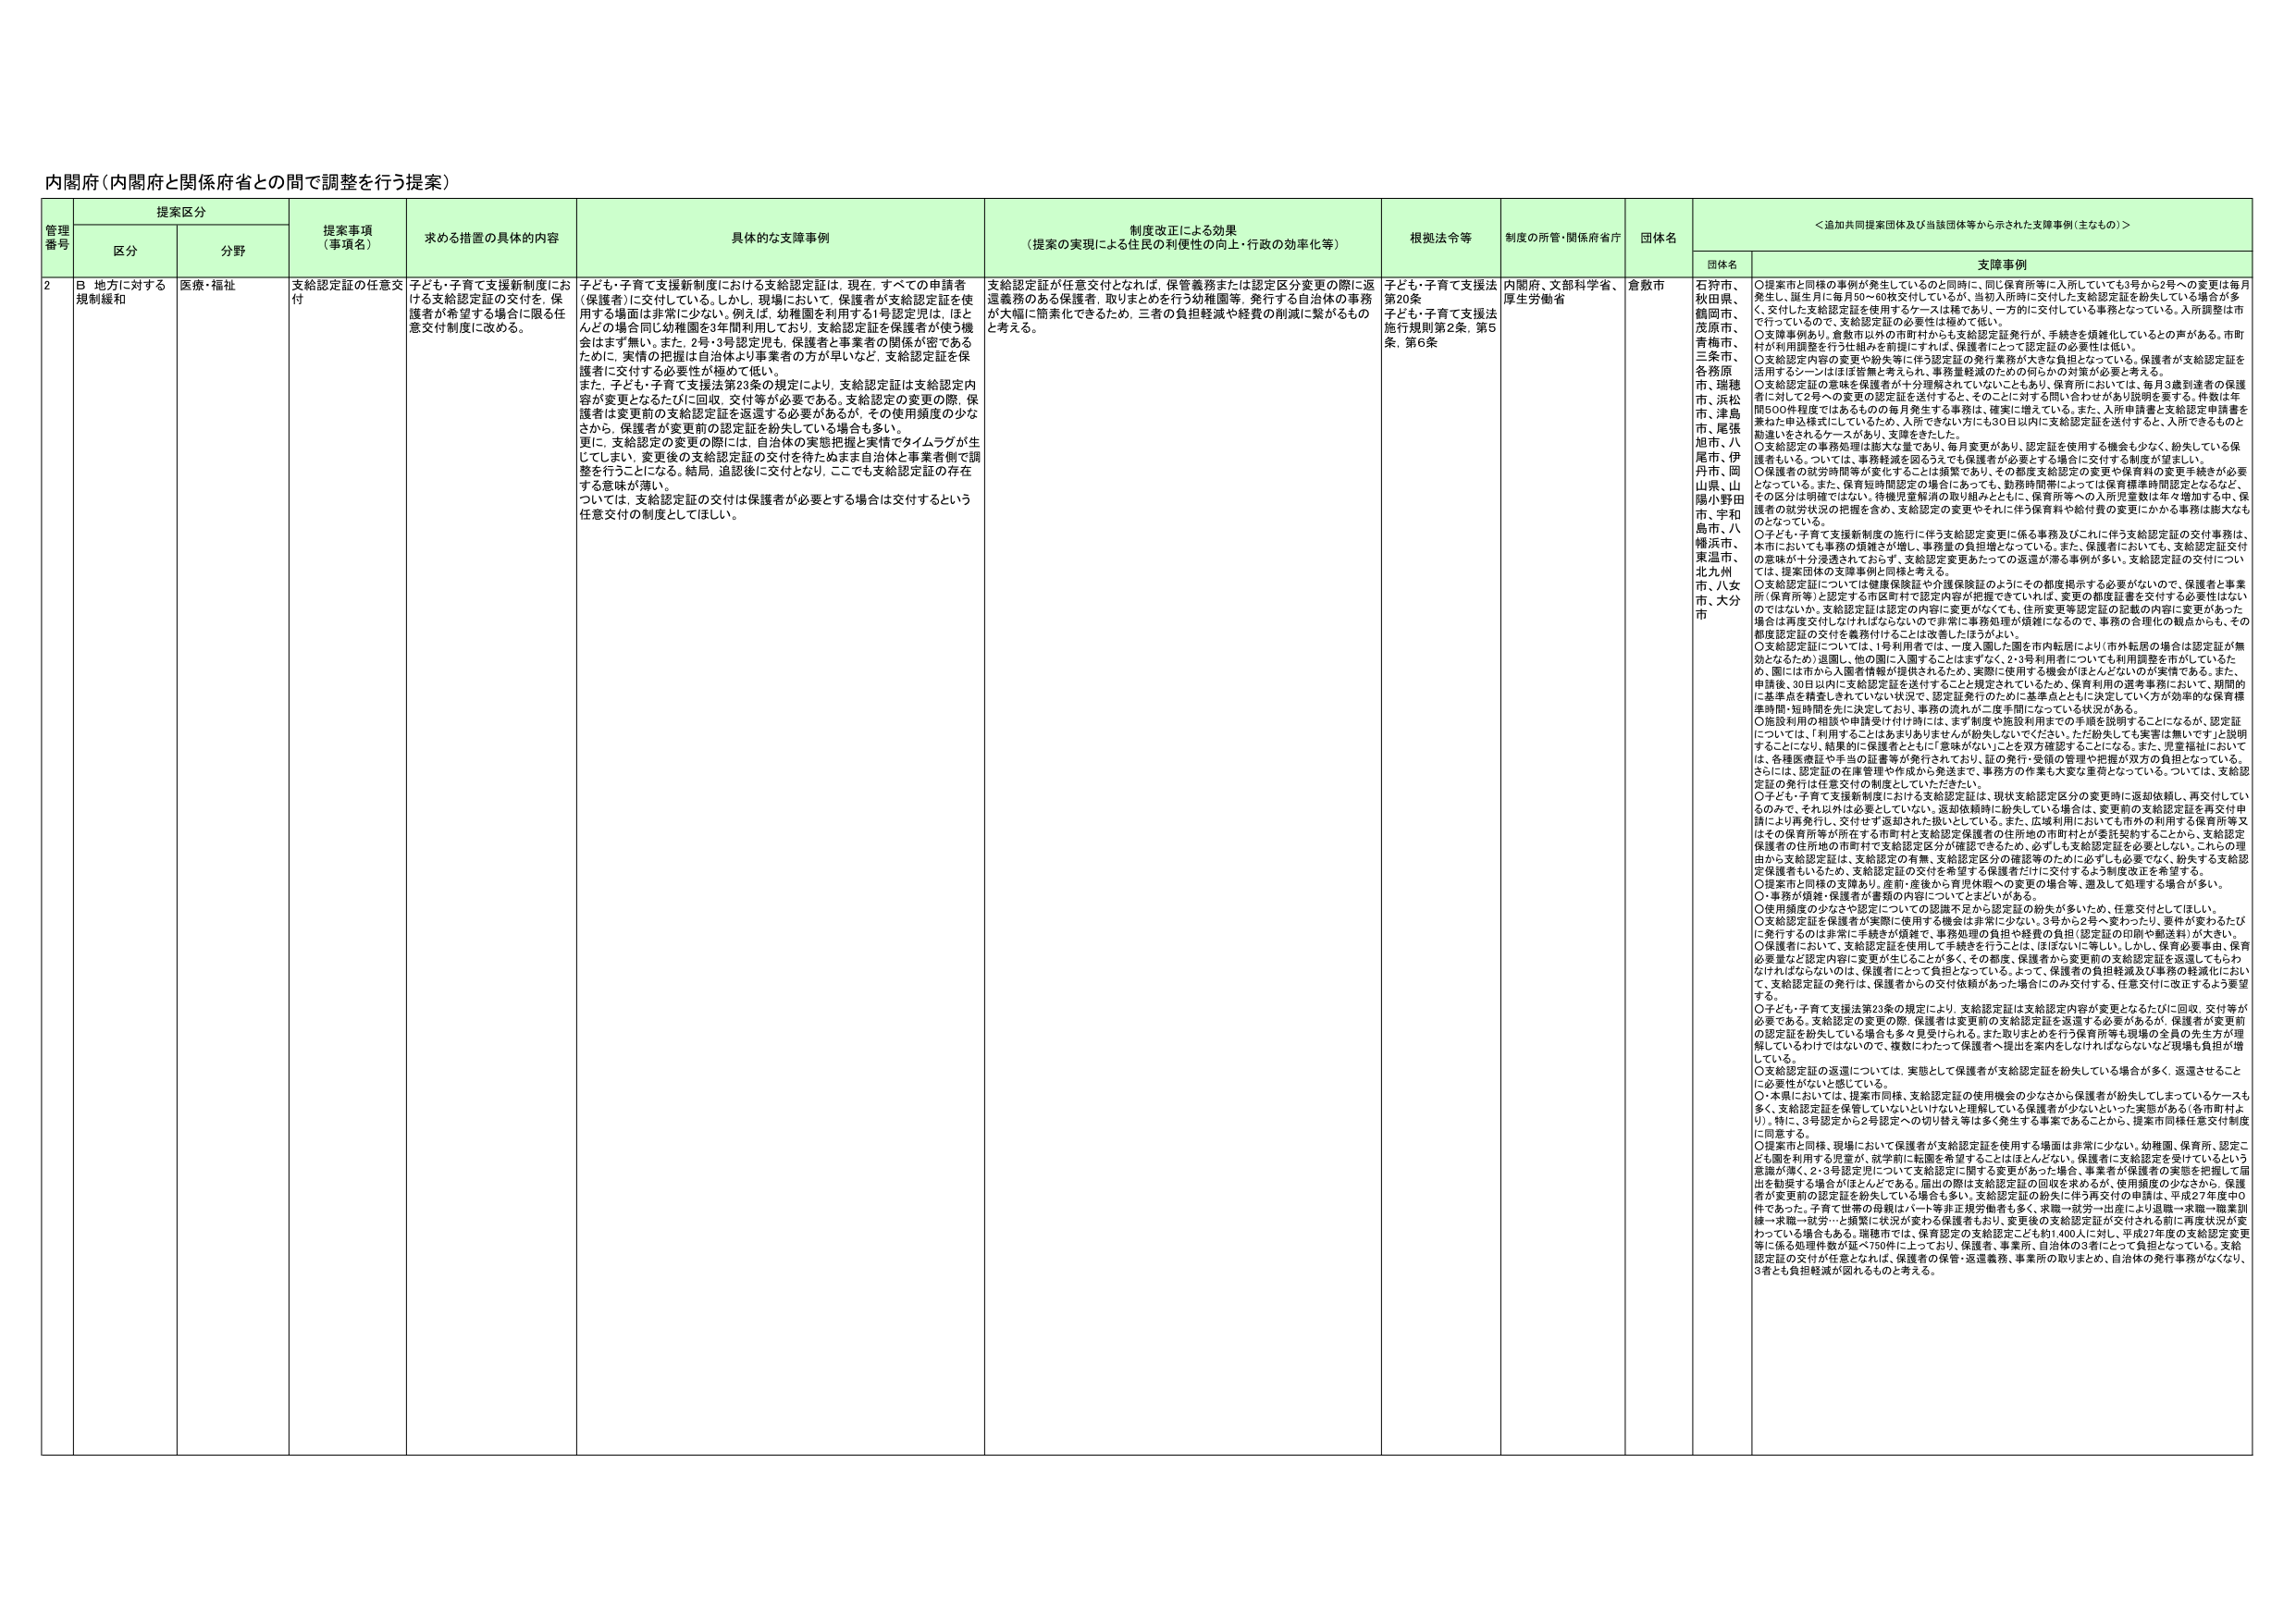
内閣府（内閣府と関係府省との間で調整を行う提案）

管理番号 提案区分 提案事項（事項名） 求める措置の具体的内容 具体的な支障事例 制度改正による効果（提案の実現による住民の利便性の向上・行政の効率化等） 根拠法令等 制度の所管・関係府省庁 団体名 ＜追加共同提案団体及び当該団体等から示された支援事例（主なもの）＞
区分 分野 団体名 支障事例

2 B 地方に対する規制緩和 医療・福祉 支給認定証の任意交付 子ども・子育て支援新制度における支給認定証の交付を、保護者が希望する場合に限る任意交付制度に改める。 子ども・子育て支援新制度における支給認定証は、現在、すべての申請者（保護者）に交付している。しかし、現場において、保護者が支給認定証を使用する場面は非常に少ない。例えば、幼稚園を利用する1号認定児は、ほとんどの場合同じ幼稚園を3年前利用しており、支給認定証を保護者が使う機会はまず無い。また、2号・3号認定児も、保護者と事業者の関係が密であるために、実情の把握は自治体より事業者の方が早いなど、支給認定証を保護者に交付する必要性が極めて低い。 また、子ども・子育て支援法23条の規定により、支給認定証は支給認定内容が変更となるたびに回収、交付等が必要である。支給認定の変更の際、保護者は変更前の支給認定証を返還する必要があるが、その使用頻度の少なさから、保護者が変更前の認定証を紛失している場合も多い。 更に、支給認定の変更の際には、自治体の実態把握と実情でタイムラグが生じてしまい、変更後の支給認定証の交付を待たぬまま自治体と事業者側で調整を行うことになる。結局、追認後に交付となり、ここでも支給認定証の存在する意味が薄い。 ついては、支給認定証の交付は保護者が必要とする場合は交付するという任意交付の制度としてほしい。 支給認定証が任意交付となれば、保管義務または認定区分変更の際に返還義務のある保護者、取りまとめを行う幼稚園等、発行する自治体の事務が大幅に簡素化できるため、三者の負担軽減や経費の削減に繋がるものと考える。 子ども・子育て支援法第20条 子ども・子育て支援法施行規則第2条、第5条、第6条 内閣府、文部科学省、厚生労働省 倉敷市 石狩市、秋田県、鶴岡市、茂原市、青梅市、三島市、各務原市、瑞穂市、松江市、津島市、尾張旭市、八尾市、伊丹市、岡山県、山陽小野田市、宇和島市、八幡浜市、東温市、北九州市、八女市、大分市 ○提案市と同様の事例が発生しているのと同時に、同じ保育所等に入所していても3号から2号への変更は毎月発生し、誕生月に毎月50～60枚交付しているが、当初入所時に交付した支給認定証を紛失している場合が多く、交付した支給認定証を使用するケースは稀であり、一方的に交付している事務となっている。入所調整は市で行っているので、支給認定証の必要性は極めて低い。 ○支障事例あり。倉敷市以外の市町村からも支給認定証発行が、手続きを煩雑化しているとの声がある。市町村が利用調整を行う仕組みを前提にすれば、保護者にとって認定証の必要性は低い。 ○支給認定内容の変更や紛失等に伴う認定証の発行事務が大きな負担となっている。保護者が支給認定証を活用するシーンはほぼ皆無と考えられ、事務量軽減のための何らかの対策が必要と考える。 ○支給認定証の意味を保護者が十分理解されていないこともあり、保育所においては、毎月3歳到達者の保護者に対して2号への変更の認定証を送付すると、そのことに対する問い合わせが毎月説明を要する。件数は年間500件程度ではあるものの毎月発生する事務は、確実に増えている。また、入所申請書と支給認定申請書を兼ねた申込様式にしているため、入所できない方にも30日以内に支給認定証を送付する、入所できるものと勘違いをされるケースがあり、支障をきたした。 ○支給認定の事務処理は膨大な量であり、毎月変更があり、認定証を使用する機会も少なく、紛失している保護者もいる。ついては、事務軽減を図るうえでも保護者が必要とする場合に交付する制度が望ましい。 ○保護者の就労時間等が変化することは頻繁であり、その都度支給認定の変更や保育料の変更手続きが必要となっている。また、保育短時間認定の場合にあっても、勤務時間帯によっては保育標準時間認定となるなどその区分は明確ではない。待機児童解消の取り組みとともに、保育所等への入所児童数は年々増加する中、保護者の就労状況の把握を含め、支給認定の変更やそれに伴う保育料や給付費の変更にかかる事務は膨大なものとなっている。 ○子ども・子育て支援新制度の施行に伴う支給認定変更に係る事務及びこれに伴う支給認定証の交付事務は、本市においても事務の頻繁さが増し、事務量の負担増となっている。また、保護者においても、支給認定証交付の意味が十分浸透されておらず、支給認定変更あたっての返還が滞る事例が多い。支給認定証の交付について、提案団体の支援事例と同様と考える。 ○支給認定証については健康保険証や介護保険証のようにその都度提示する必要がないので、保護者と事業所（保育所等）と認定する市区町村で認定内容が把握できていれば、変更の都度証書を交付する必要性はないのではないか。支給認定証は認定の内容に変更がなくても、住所変更等認定証の記載の内容に変更があった場合は再度交付しなければならないので非常に事務処理が煩雑になるので、事務の合理化の観点からも、その都度認定証の交付を義務付けることは改善したほうがよい。 ○支給認定証については、1号利用者では一度入園した園を市内転居により「市外転居の場合」は認定証が無効となるため）退園し、他の園に入園することもまずなく、2・3号利用者についても利用調整を市がしているため、園には市から入園者情報が提供されるため、実際に使用する機会がほとんどないのが実情である。また、申請後、30日以内に支給認定証を送付することと規定されているため、保育利用の選考事務において、期間的、申請点を精査しきれていない状況で、認定証発行のために基準点とともに決定していく方が効率的な保育標準時間・短時間を先に決定しており、事務の流れが「一度手間になって」いる状況がある。 ○施設利用の相談や申請受付付け時には、まず制度や施設利用までの手順を説明することになるが、認定証については、「利用することはあまりありませんが紛失しないでください。ただ紛失しても実害は無いです」と説明することになり、結果的に保護者とともに「意味がない」ことを双方確認することになる。また、児童福祉においては、各種医療証や手当の証書等が発行されており、証の発行・受領の管理や把握が双方の負担となっている。さらには、認定証の在庫管理や作成から発送まで、事務力の作業も大変な重荷となっている。ついては、支給認定証の発行は任意交付の制度としていただきたい。 ○子ども・子育て支援新制度における支給認定証は、現状支給認定区分の変更時に返却依頼し、再交付しているのみで、それ以外は必要としない。返却依頼時に紛失している場合は、変更前の支給認定証を再交付申請により再発行し、交付せず返却された扱いとしている。また、広域利用においても市外の利用する保育所等又はその保育所等が所在する市町村と支給認定保護者の住所地の市町村とが委託契約するところから、支給認定保護者の住所地の市町村で支給認定区分が確認できるため、必ずしも支給認定証を必要としない。これらの理由から支給認定証は、支給認定の有無、支給認定区分の確認等のために必ずしも必要でなく、紛失する支給認定保護者もいるため、支給認定証の交付を希望する保護者だけに交付するよう制度改正を希望する。 ○提案市と同様の支障あり。産前・産後から育児休職への変更の場合等、遡及して処理する場合が多い。 ○事務が煩雑・保護者が書類の内容についてまとまりがある。 ○使用頻度の少なさや認定についての認識不足から認定証の紛失が多いため、任意交付としてほしい。 ○支給認定証を保護者が実際に使用する機会は非常に少ない。3号から2号へ変わったり、要件が変わるたびに発行するのは非常に手続きが煩雑で、事務処理の負担や経費の負担（認定証の印刷や郵送料）が大きい。 ○保護者において、支給認定証を使用して手続きを行うことは、ほぼないに等しい。しかし、保育必要事由、保育必要量など認定内容に変更が生じることが多く、その都度、保護者から変更前の支給認定証を返還してもらわなければならないのは、保護者にとって負担となっている。よって、保護者の負担軽減及び事務の軽減化において、支給認定証の発行は、保護者からの交付依頼があった場合にのみ交付する、任意交付に改正するよう要望する。 ○子ども・子育て支援法第23条の規定により、支給認定証は支給認定内容が変更となるたびに回収、交付等が必要である。支給認定の変更の際、保護者は変更前の支給認定証を返還する必要があるが、保護者が変更前の認定証を紛失している場合も多々見受けられる。また取りまとめを行う保育所等も現場の全員の先生方が理解しているわけではないので、複数にわたって保護者へ提出を案内をしなければならないなど現場も負担が増している。 ○支給認定証の返還については、実態として保護者が支給認定証を紛失している場合が多く、返還させることに必要性がないと感じている。 ○・本県においては、提案市同様、支給認定証の使用機会の少なさから保護者が紛失してしまっているケースも多く、支給認定証を保管していないいけないとは理解している保護者が少ないといった実態がある（各市町村より）。特に、3号認定から2号認定への切り替え等は多く発生する事案であることから、提案市同様任意交付制度に同意する。 ○提案市と同様、現場において保護者が支給認定証を使用する場面は非常に少ない。幼稚園、保育所、認定こども園を利用する児童が、就学前に転園を希望することはほとんどない。保護者に支給認定を受けているという意識が薄く、2・3号認定児について支給認定に関する変更があった場合、事業者が保護者の実態を把握して届出を勧奨する場合がほとんどである。届出の際は支給認定証の回収を求めるが、使用頻度の少なさから、保護者が変更前の認定証を紛失している場合も多い。支給認定証の紛失に伴う再交付の申請は、平成27年度中0件であった。子育て世帯の母親も多々、求職→就労→出産により退職→求職→職業訓練→求職→就労…と頻繁に状況が変わる保護者もおり、変更後の支給認定証が交付される前に再度状況が変わっている場合もある。瑞穂市では、保育認定の支給認定こども約1,400人に対し、平成27年度の支給認定変更等に係る処理件数が延べ750件に上っており、保護者、事業所、自治体の3者にとって負担となっている。支給認定証の交付が任意となれば、保護者の保管・返還義務、事業所の取りまとめ、自治体の発行事務がなくなり、3者とも負担軽減が図れるものと考える。